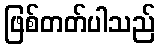
ဖြစ်တတ်ပါသည်